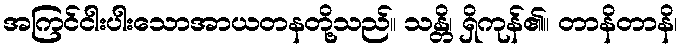
အကြင်ငါးပါးသောအာယတနတို့သည်။ သန္တိ၊ ရှိကုန်၏။ တာနိတာနိ၊